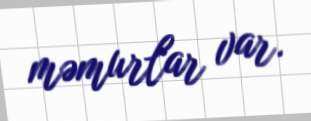
məmurlar var.